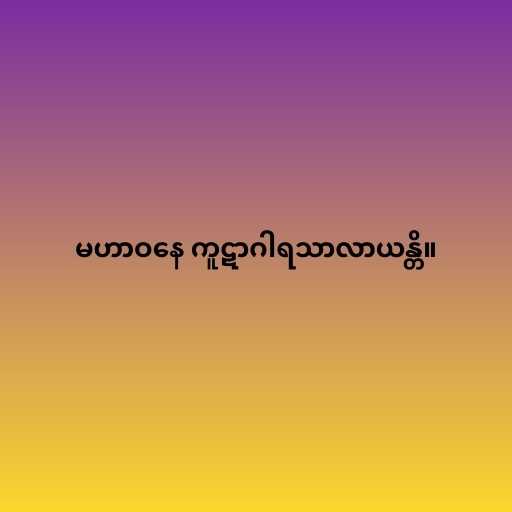
မဟာဝနေ ကူဋာဂါရသာလာယန္တိ။